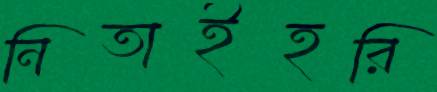
নিতাইহরি